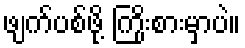
ဖျက်ပစ်ဖို့ ကြိုးစားမှာပဲ။